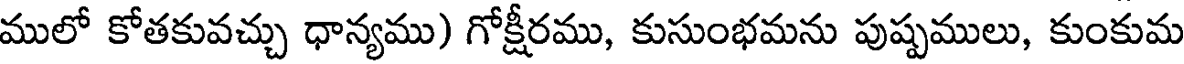
ములో కోతకువచ్చు ధాన్యము) గోక్షీరము, కుసుంభమను పుష్పములు, కుంకుమ